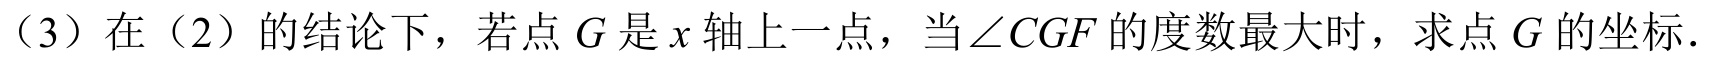
（3）在（2）的结论下，若点 \(G\) 是 \(x\) 轴上一点，当\(\angle CGF\) 的度数最大时，求点 \(G\) 的坐标．